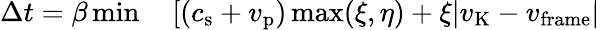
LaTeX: \begin{array}{rl}{\Delta t=\beta\operatorname*{min}}&{{}\left[\left(c_{\mathrm{s}}+v_{\mathrm{p}}\right)\operatorname*{max}(\xi,\eta)+\xi|v_{\mathrm{K}}-v_{\mathrm{frame}}|\right.}\end{array}